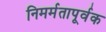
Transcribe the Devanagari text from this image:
निमर्मतापूर्वक